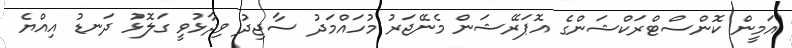
އަމީން ކޮންސްޓްރަކްޝަންގެ އޮޕަރޭޝަން މެނޭޖަރު މުހައްމަދު ސާޖިދު ވިދާޅުވީ ގަލޮޅު ދަނޑު އިއްޔެ